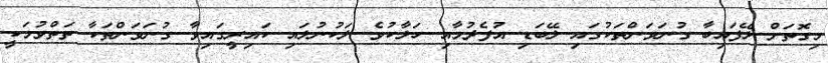
މިގޮތަށް ލޭފައިބާ ގުނަވަންތަކުގައި ލޭބަޑި އުފެދުމާއި ހަލާކުވެ ލަކުނުލައި ކައިރީގައިވާ ގުނަވަންތަކާ ތަތްވުމަކީ